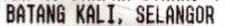
BATANG KALI, SELANGOR